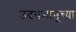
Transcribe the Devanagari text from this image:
उदयभानूच्या